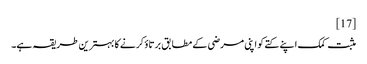
[17]
مثبت کمک اپنے کتے کو اپنی مرضی کے مطابق برتاؤ کرنے کا بہترین طریقہ ہے۔